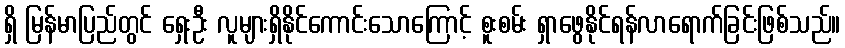
ရှိ မြန်မာပြည်တွင် ရှေးဦး လူများရှိနိုင်ကောင်းသောကြောင့် စူးစမ်း ရှာဖွေနိုင်ရန်လာရောက်ခြင်းဖြစ်သည်။